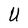
Character: U